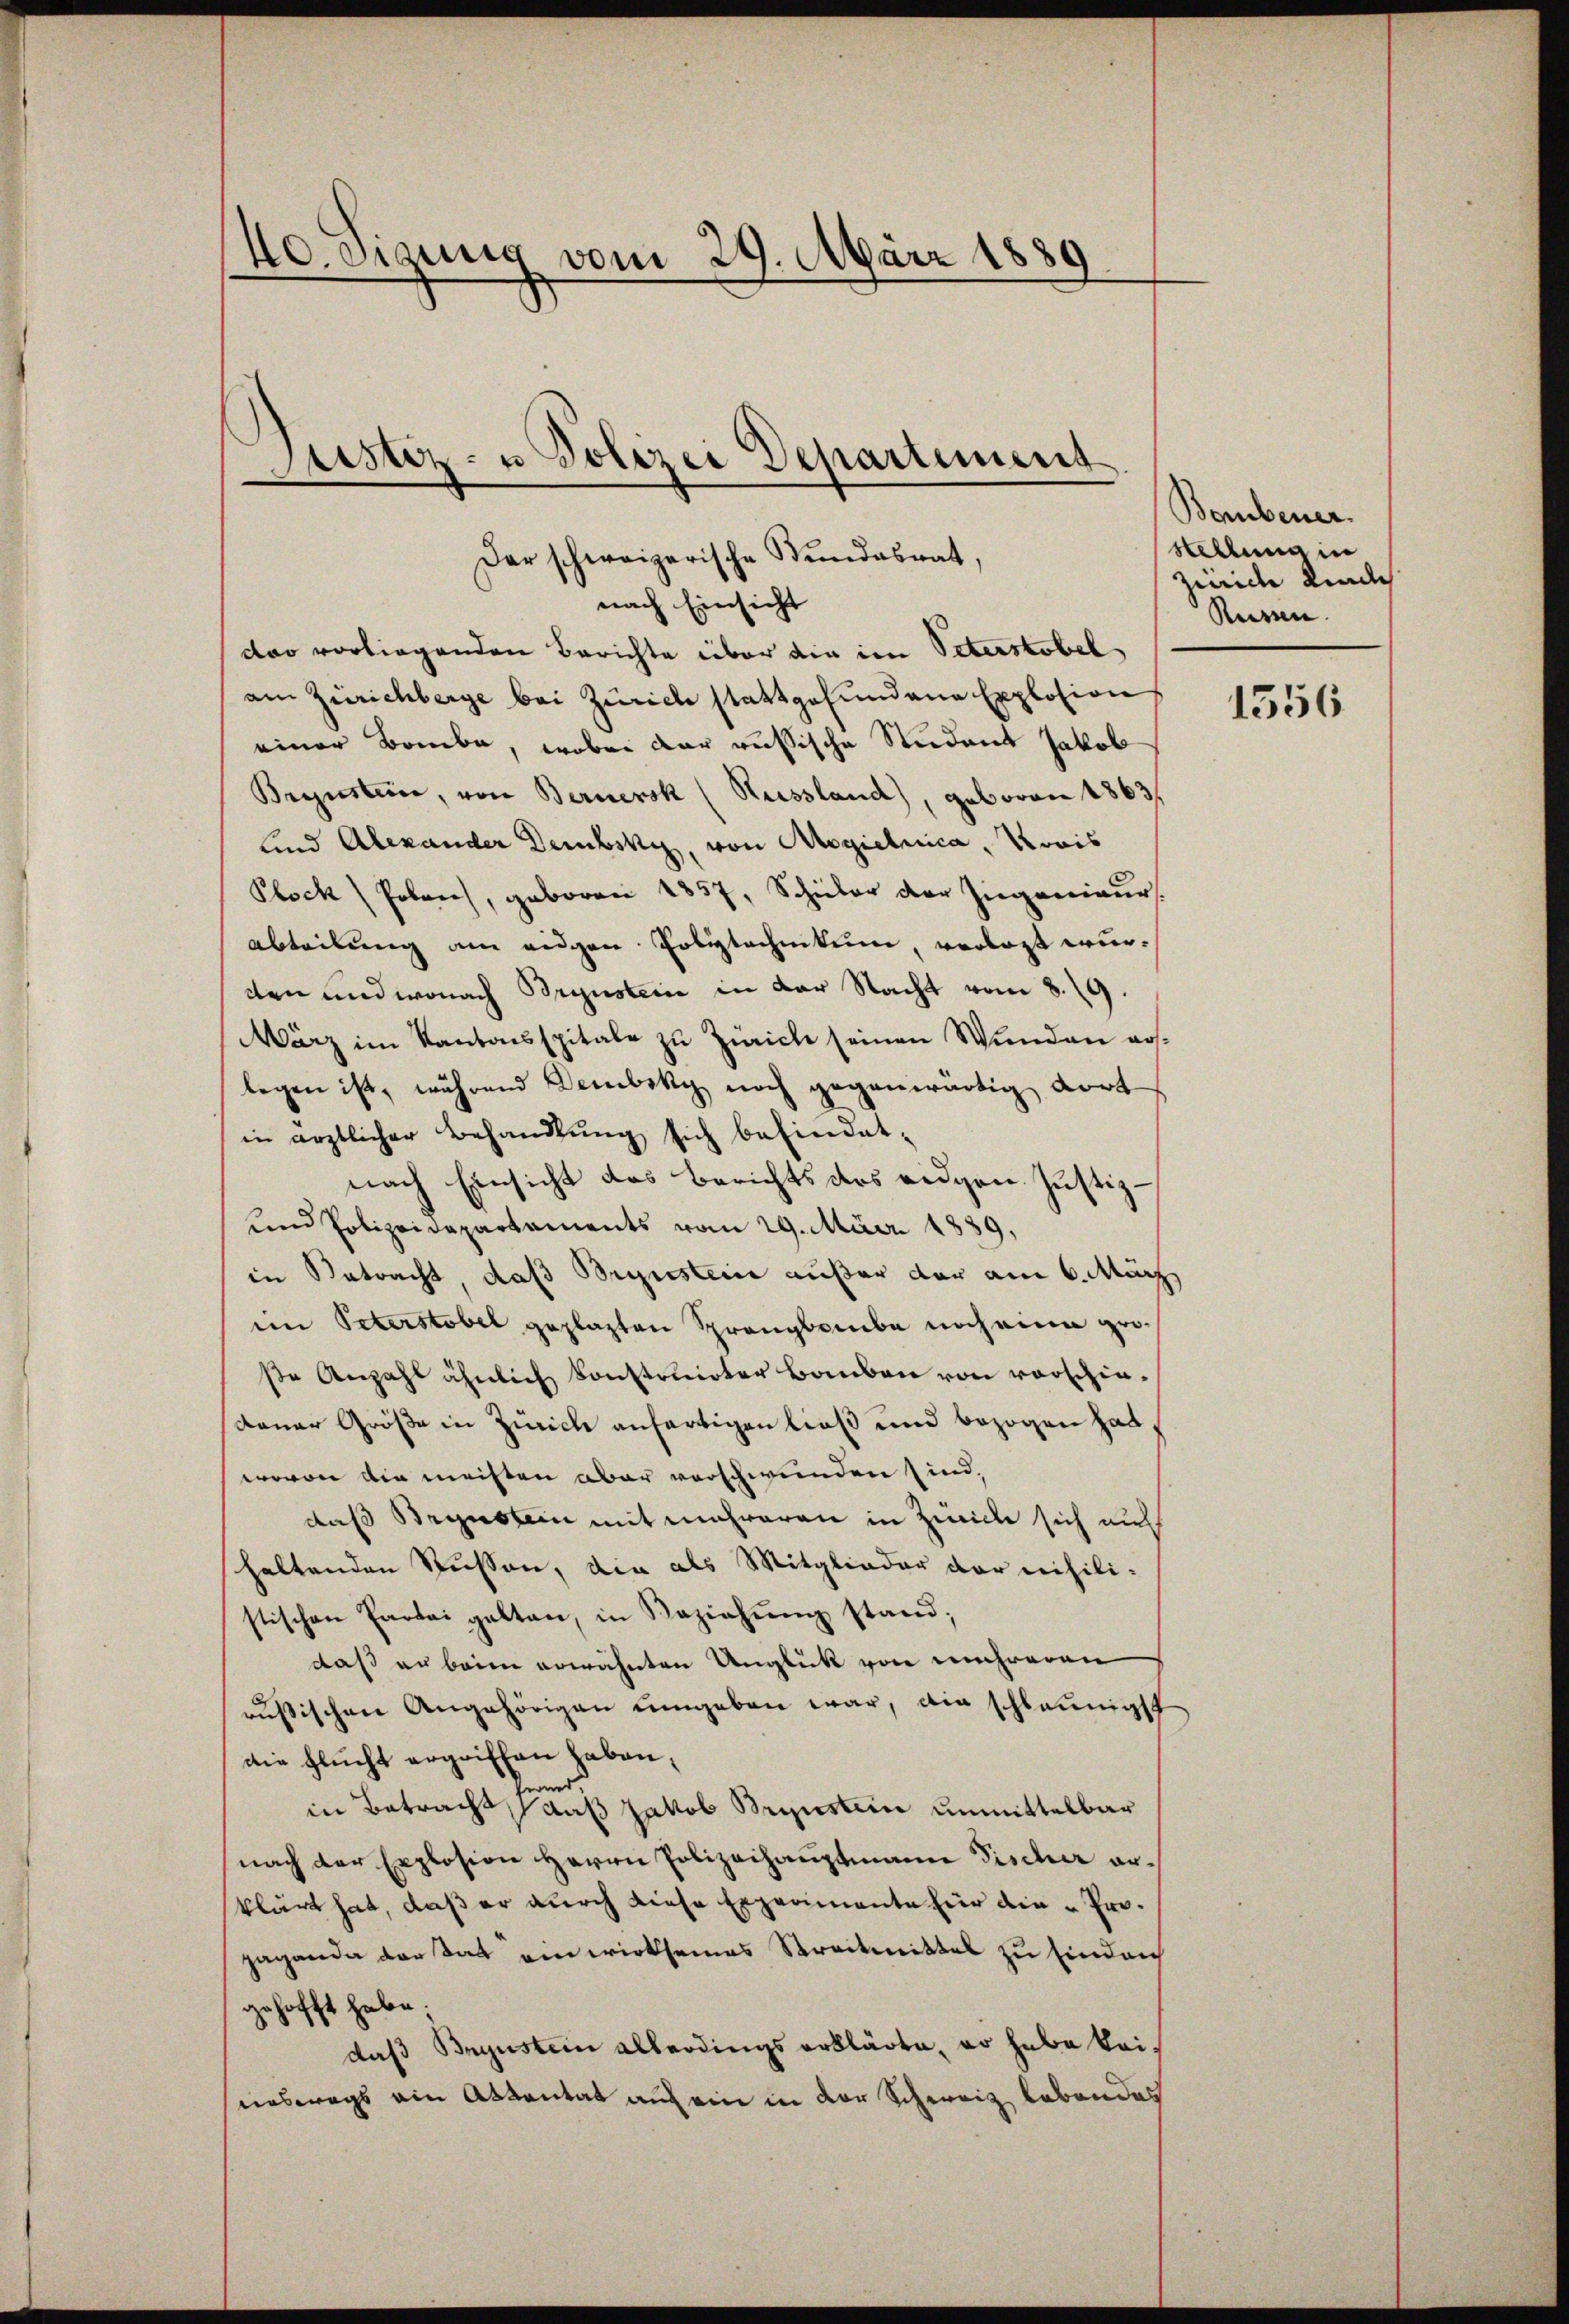
40. Fraunis vom 29. März 1889

Justiz- u Polizei Departement

Der schweizerische Kundesrat,

nach Einsicht
dar vorliegenden Berichte über die im Peterstobel
am Zürichberge bei Zürich stattgefundene Explosion
einer Baube, wobei der russische Student Jakob
Brunsteine, von Bernersk (Russland), geboren 1863/
lind Alexander Dembsky, von Regielnica, ovis
Plock oben, geboren 1857, Schüler der Ingenieur.
Abteilung am eidgen Polytechnikum, verlegt wurten und wonach Brunsteine in der Nacht vom 8. 19.
März im Kantonsspitale zu Zürich seinen Wunden roslegen ist, während Dembsky noch gegenwärtig dort
in ärztlicher Behandlung sich befindet.
nach Einsicht das Berichts des eidgen. Justiz¬
und Polizeidepartements vom 29. März 1889.
in Betracht, daß Brunsteine außer der am 6. März
im Peterstobel geplagten Spranglaube noch eine grose Anzahl ähnlich konstruirter Bauben von vorschiedauer Größe in Zürich anfertigen ließ und bezogen hat,
wovon die meisten aber verschwunden sind,
daß Brynstein mit mehreren in Zürich sich auf
haltenden Russen, die als Mitglieder der nihili-
stischen Partei gelten, in Beziehŭng stand;
daß an beim erwähnten Unglück von mehreren
russischen Angehörigen umgeben war, die schleunigst
die flucht ergriffen haben;
twund
in Betracht, auß Jakob Brunsteine unmittelbar
nach der Explosion Herrn Polizeihauptmann Fischer erklärt hat, daß er durch diese Experimente für die Progaganda der tat ein wirksames Streitmittel zu finden
gehofft habe;
daß Brunstein allerdings erklärte, so habe keineswegs ein Attentat auf ein in der Schweiz lebendes

Bombener.
Stellung in
Zürich Kinde
Russen.

1556